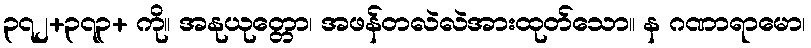
၃၇၂+၃၇၃+ ကို။ အနုယုတ္တော၊ အဖန်တလဲလဲအားထုတ်သော။ န ဂဏာရာမော၊